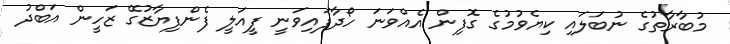
މުބާރާތުގެ ނުބަލައި ކިޔެވުމުގެ ގޮފިން އެއްވަނަ ހޯދާފައިވަނީ ފީއަލީ ފެންފިޔާޒުގޭ ޒަހީން އަބްދު